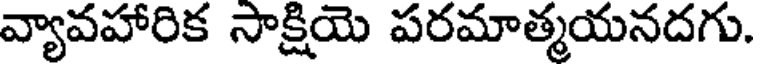
వ్యావహారిక సాక్షియె పరమాత్మయనదగు.